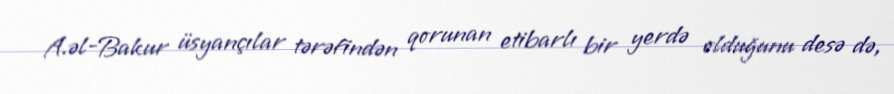
A.əl-Bakur üsyançılar tərəfindən qorunan etibarlı bir yerdə olduğunu desə də,